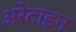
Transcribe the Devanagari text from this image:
अरेटाइन